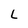
Character: L